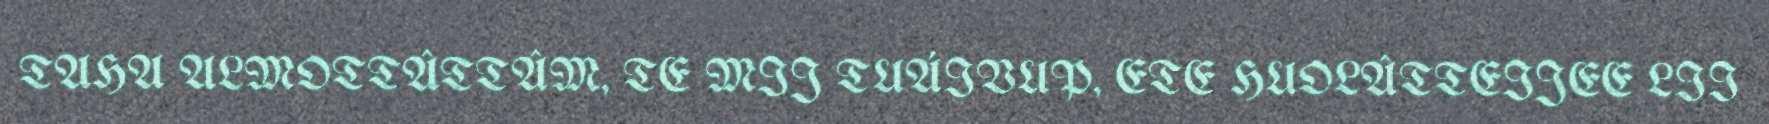
TAHA ALMOTTÂTTÂM, TE MIJ TUÁIVUP, ETE HUOLÂTTEIJEE LII